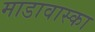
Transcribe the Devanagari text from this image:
माडावास्का